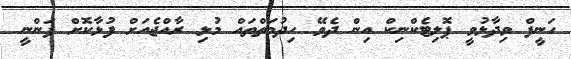
ހަނީފް ވިދާޅުވީ ޕޮލިޓެކްނިކް އިން ދެވޭ ހިދުމަތްތައް މުޅި ރާއްޖެއަށް ފުޅާކޮށް ފަންނީ